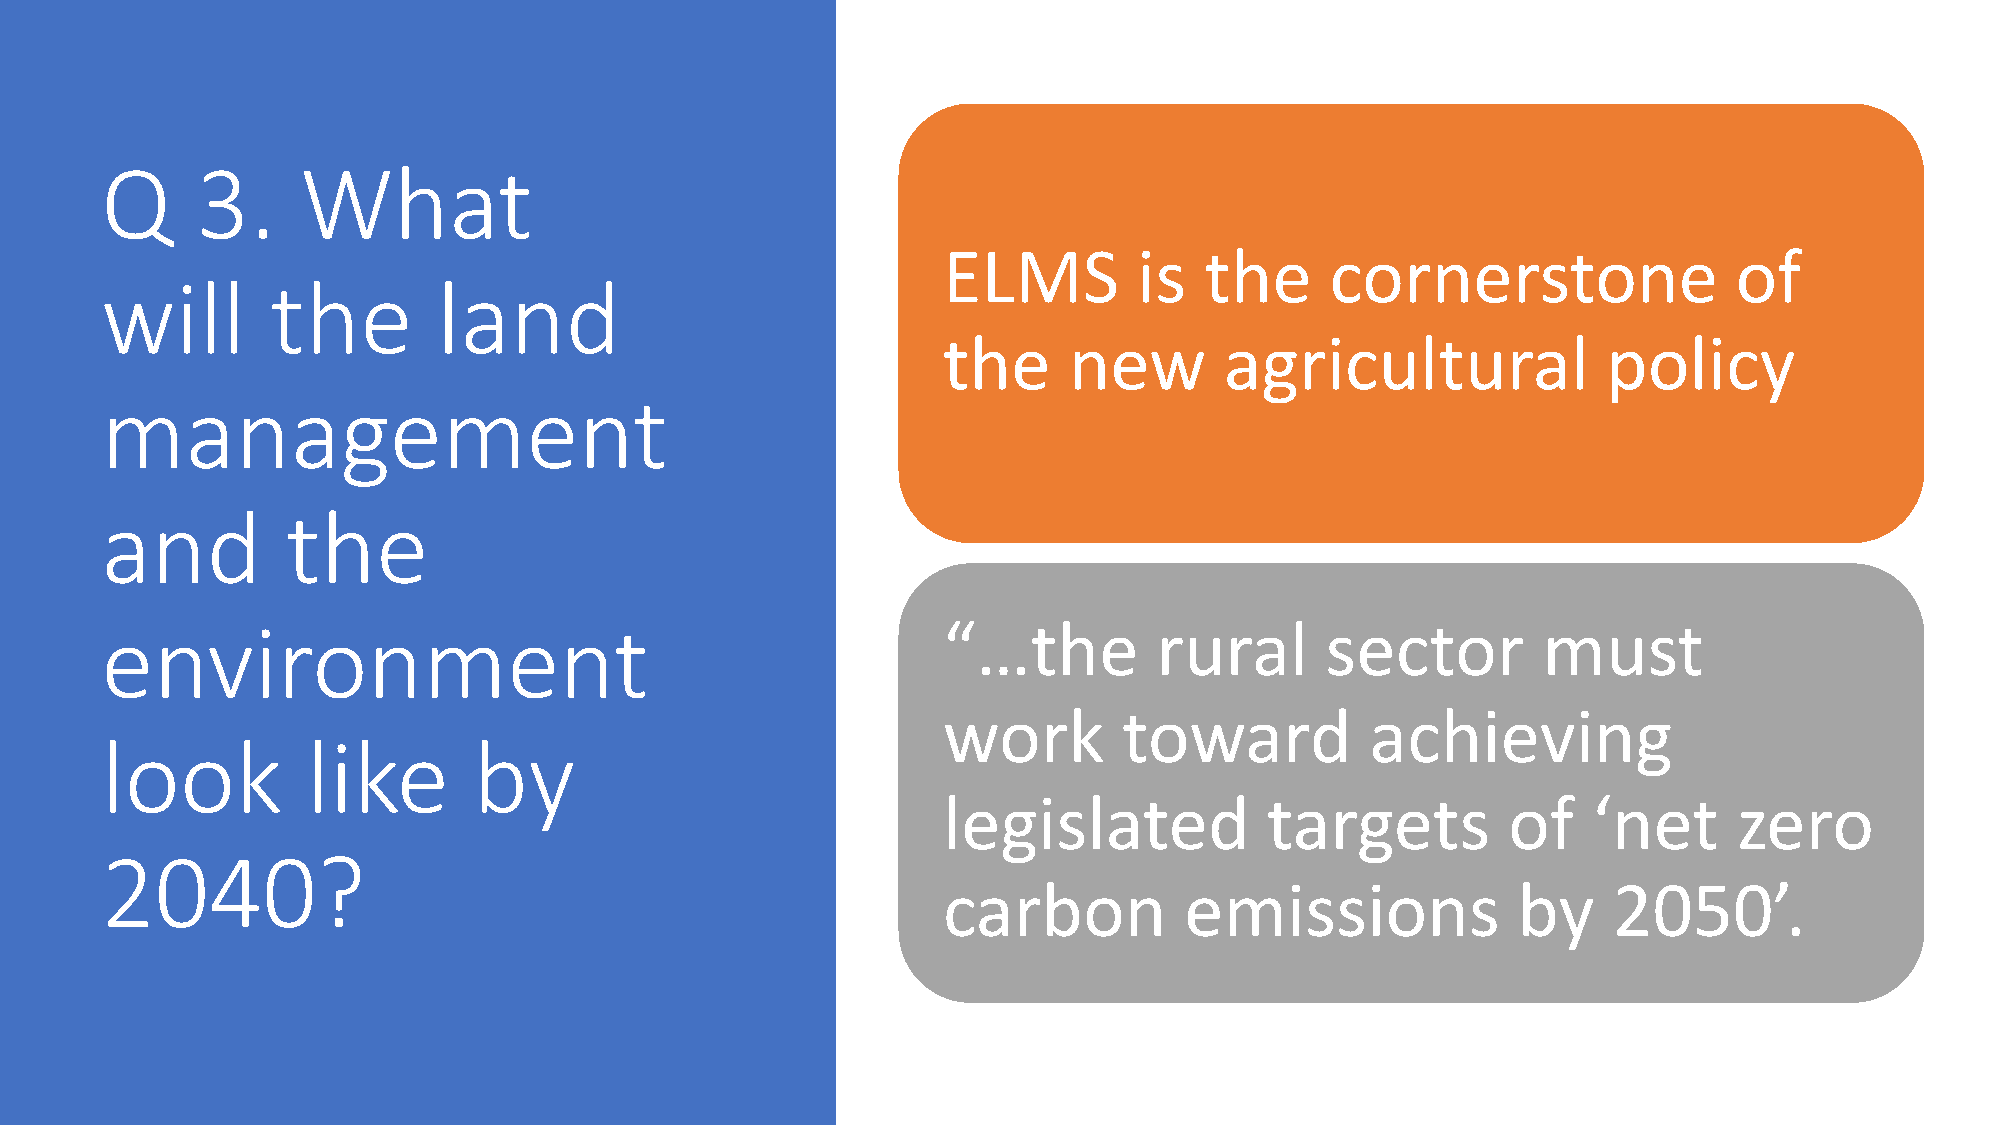
Q     3.     What
 ELMS         is   the     cornerstone                of
 will       the        land
 the      new       agricultural             policy
 management
 and         the
 environment                                            “…the          rural      sector        must
 work        toward           achieving
 look         like       by
 legislated            targets         of   ‘net      zero
 2040?
 carbon          emissions             by     2050’.